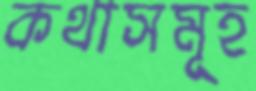
কথাসমূহ